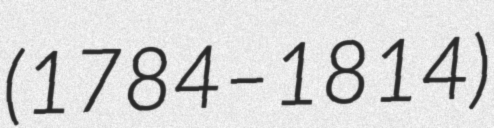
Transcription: (1784–1814)